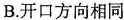
B.开口方向相同